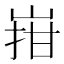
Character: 㟛